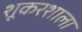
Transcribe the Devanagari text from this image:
शूकरशाला